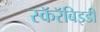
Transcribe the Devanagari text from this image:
स्कॅरॅबिइडी